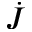
\dot { J }